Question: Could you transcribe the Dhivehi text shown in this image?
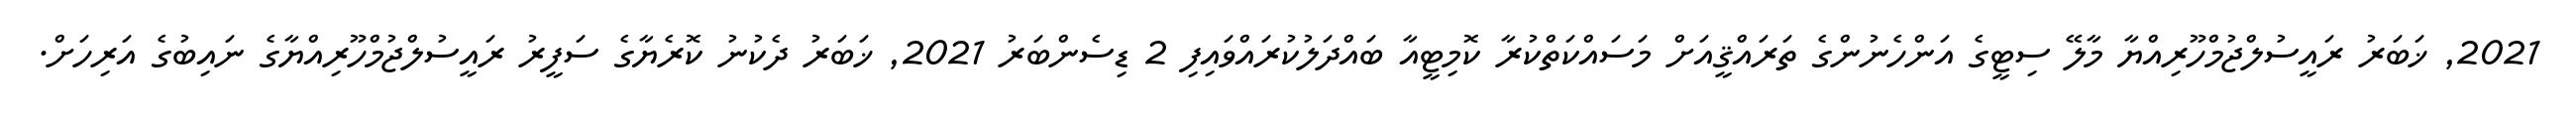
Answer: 2021, ޚަބަރު ރައީސުލްޖުމްހޫރިއްޔާ މާލޭ ސިޓީގެ އަންހެނުންގެ ތަރައްޤީއަށް މަސައްކަތްކުރާ ކޮމިޓީއާ ބައްދަލުކުރައްވައިފި 2 ޑިސެންބަރު 2021, ޚަބަރު ދެކުނު ކޮރެޔާގެ ސަފީރު ރައީސުލްޖުމްހޫރިއްޔާގެ ނައިބުގެ އަރިހަށް.